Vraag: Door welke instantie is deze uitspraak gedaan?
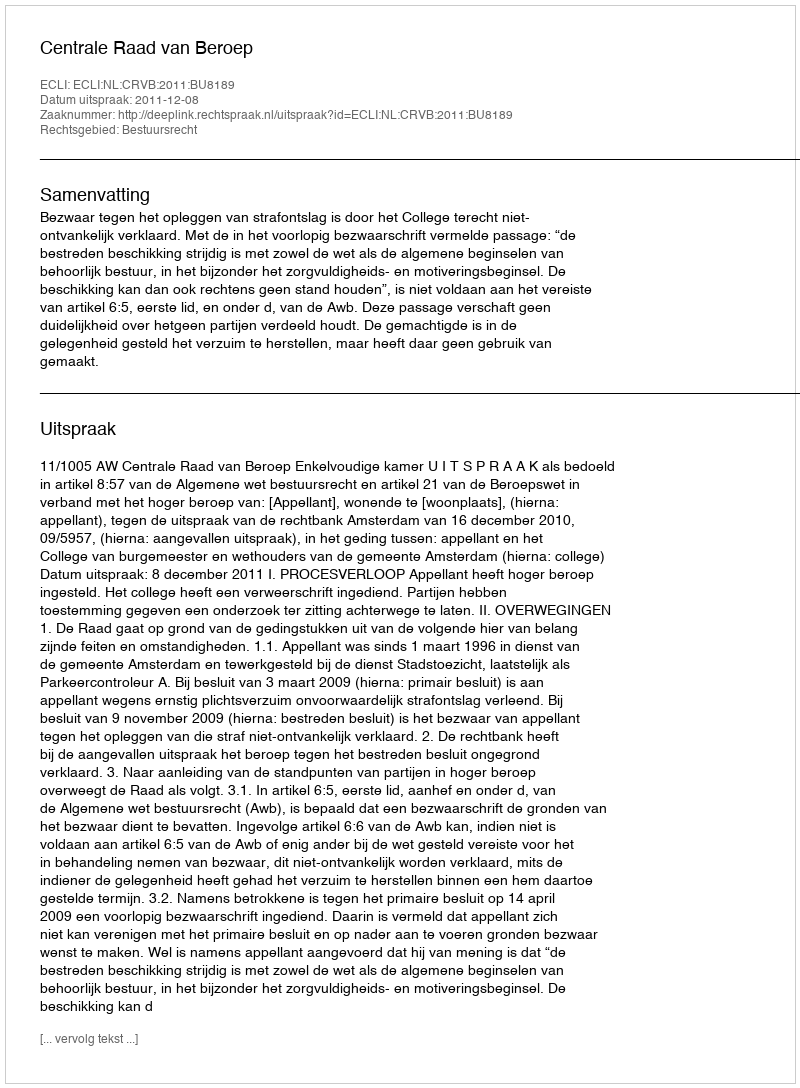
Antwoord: Centrale Raad van Beroep